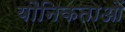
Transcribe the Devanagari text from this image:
यौनिकताओं